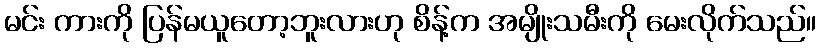
မင်း ကားကို ပြန်မယူတော့ဘူးလားဟု စိန့်က အမျိုးသမီးကို မေးလိုက်သည်။